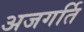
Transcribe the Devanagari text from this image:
अजगर्ति